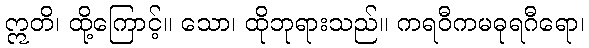
ဣတိ၊ ထို့ကြောင့်။ သော၊ ထိုဘုရားသည်။ ကရဝီကမဓုရဂီရော၊